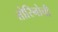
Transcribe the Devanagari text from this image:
तोरिनोची